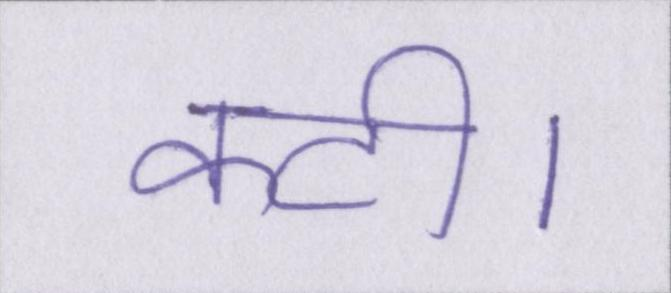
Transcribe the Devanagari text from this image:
कटी।